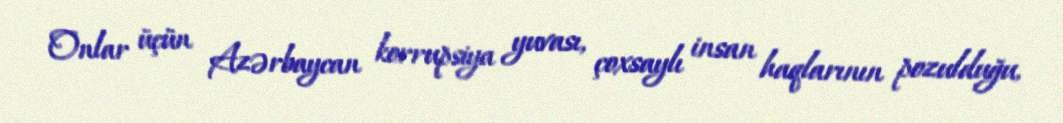
Onlar üçün Azərbaycan korrupsiya yuvası, çoxsaylı insan haqlarının pozulduğu,